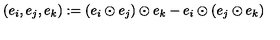
( e _ { i } , e _ { j } , e _ { k } ) : = ( e _ { i } \odot e _ { j } ) \odot e _ { k } - e _ { i } \odot ( e _ { j } \odot e _ { k } )